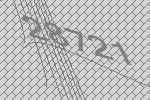
28721